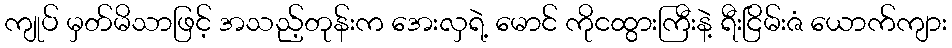
ကျုပ် မှတ်မိသာဖြင့် အသည့်တုန်းက အေးလှရဲ့ မောင် ကိုငထွားကြီးနဲ့ ရီးငြိမ်းဇံ ယောက်ကျား